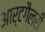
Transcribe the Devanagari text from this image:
आर्टगैलरी